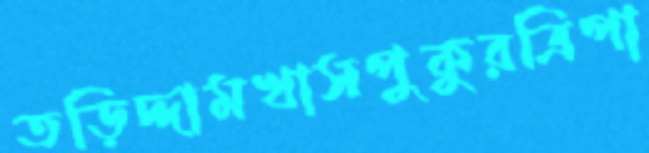
তড়িদ্দামখাসপুকুরত্রিপা